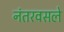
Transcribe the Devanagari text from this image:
नंतरवसले